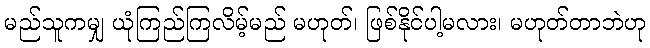
မည်သူကမျှ ယုံကြည်ကြလိမ့်မည် မဟုတ်၊ ဖြစ်နိုင်ပါ့မလား၊ မဟုတ်တာဘဲဟု